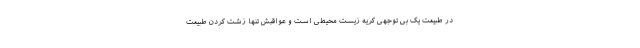
در طبیعت یک بی توجهی کریه زیست محیطی است و عواقبش تنها زشت کردن طبیعت